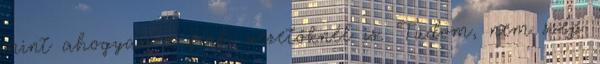
mint ahogyan a férfi vezetőknél is. Tudom, nem szép